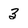
Character: 3